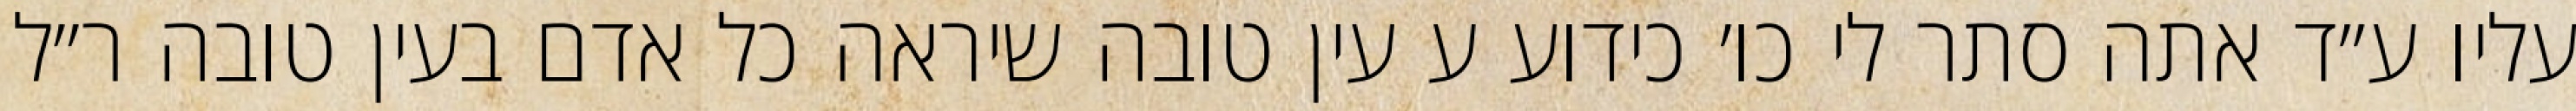
עליו ע״ד אתה סתר לי כו׳ כידוע ע עין טובה שיראה כל אדם בעין טובה ר״ל